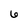
Character: 6